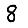
Digit: 8